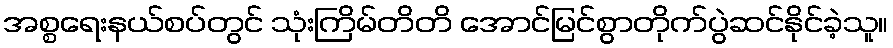
အစ္စရေးနယ်စပ်တွင် သုံးကြိမ်တိတိ အောင်မြင်စွာတိုက်ပွဲဆင်နိုင်ခဲ့သူ။